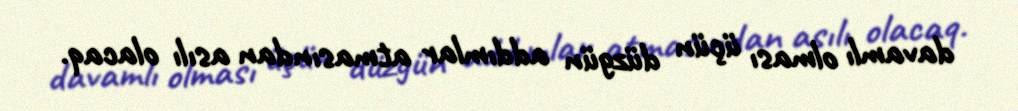
davamlı olması üçün düzgün addımlar atmasından asılı olacaq.